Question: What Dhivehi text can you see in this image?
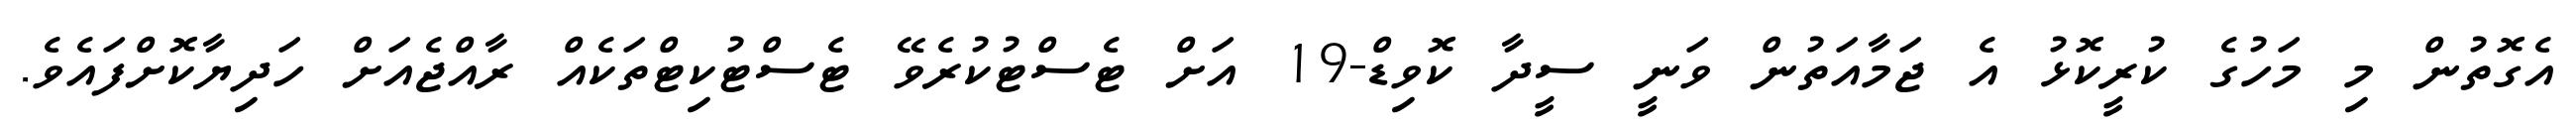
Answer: އެގޮތުން މި މަހުގެ ކުރީކޮޅު އެ ޖަމާއަތުން ވަނީ ސީދާ ކޮވިޑް-19 އަށް ޓެސްޓުކުރެވޭ ޓެސްޓުކިޓްތަކެއް ރާއްޖެއަށް ހަދިޔާކޮށްފައެވެ.